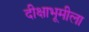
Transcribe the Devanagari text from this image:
दीक्षाभूमीला